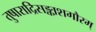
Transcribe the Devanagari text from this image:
तुषाराद्रिसङ्काशगौरम्